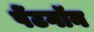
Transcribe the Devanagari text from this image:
पेंटगॉन